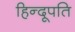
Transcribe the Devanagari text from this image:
हिन्दूपति